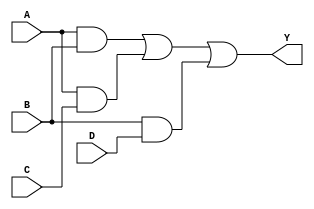
module sop_comb_logic (
    input wire A, // Input variable A
    input wire B, // Input variable B
    input wire C, // Input variable C
    input wire D, // Input variable D
    output wire Y // Output variable Y
);

// Internal signals for product terms
wire AB; // A AND B
wire AC; // A AND C
wire BD; // B AND D

// Implementing the product terms using AND gates
assign AB = A & B; // Product term for A AND B
assign AC = A & C; // Product term for A AND C
assign BD = B & D; // Product term for B AND D

// Final output Y is the OR of the product terms
assign Y = AB | AC | BD; // Sum of products

endmodule